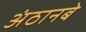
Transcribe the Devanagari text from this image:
अंठानबे